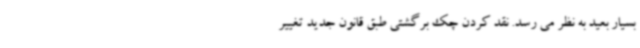
بسیار بعید به نظر می رسد. نقد کردن چک برگشتی طبق قانون جدید تغییر